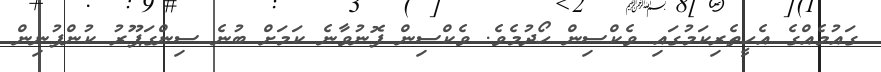
ގައުމެއްގެ އެހީތެރިކަމުގައި ވެކްސިން ހޯދުމެވެ. ވެކްސިން ފޮނުވާނެ ކަމަށް ބުނެ ސިންގަޕޫރު ކުންފުނިން